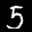
Label: 5